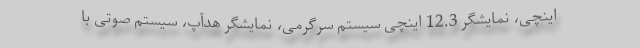
اینچی، نمایشگر 12.3 اینچی سیستم سرگرمی، نمایشگر هدآپ، سیستم صوتی با